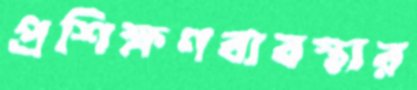
প্রশিক্ষণব্যবস্থার